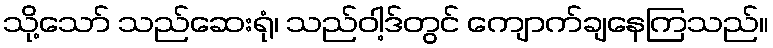
သို့သော် သည်ဆေးရုံ၊ သည်ဝါ့ဒ်တွင် ကျောက်ချနေကြသည်။